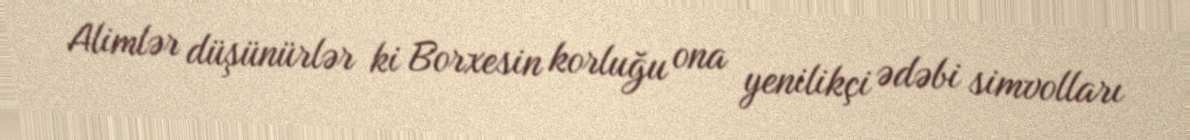
Alimlər düşünürlər ki Borxesin korluğu ona yenilikçi ədəbi simvolları